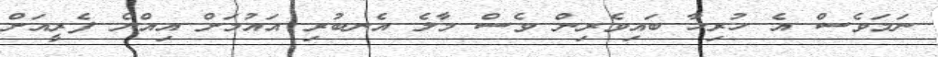
ނަމަވެސް އެ ހުރިހާ ބައިވެރިން ވެސް މާލެ އެނބުރި އައުމަށް އިއްޔެ ފެރީއަށް